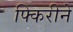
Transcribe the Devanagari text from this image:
फ्किरीने